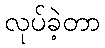
လုပ်ခဲ့တာ